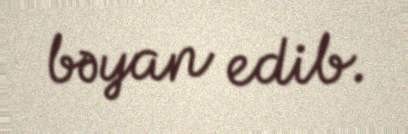
bəyan edib.